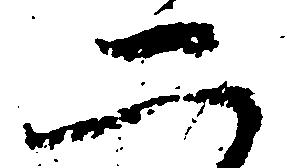
二